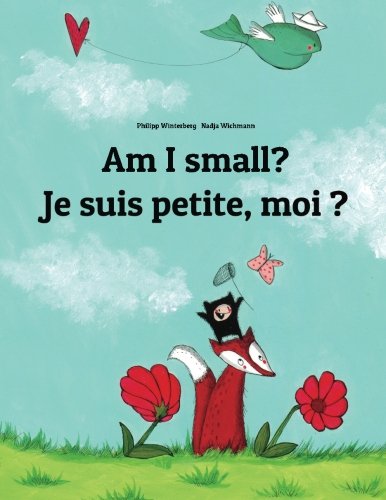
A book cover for Am I small? Je suis petite, moi ?: Children's Picture Book English-French (Bilingual Edition); Philipp Winterberg; Reference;